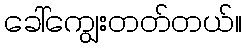
ခေါ်ကျွေးတတ်တယ်။